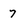
Character: 7